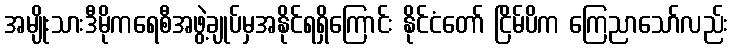
အမျိုးသားဒီမိုကရေစီအဖွဲ့ချုပ်မှအနိုင်ရရှိကြောင်း နိုင်ငံတော် ငြိမ်ပိက ကြေညာသော်လည်း